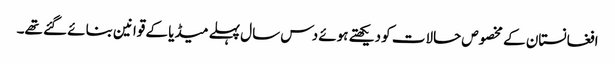
افغانستان کے مخصوص حالات کو دیکھتے ہوئے دس سال پہلے میڈیا کے قوانین بنائے گئے تھے۔